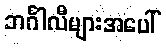
ဘင်္ဂါလီများအပေါ်